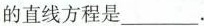
的直线方程是___。